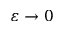
\varepsilon \to 0